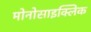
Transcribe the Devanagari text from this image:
मोनोसाइक्लिक